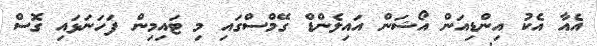
އެއާ އެކު އިންޑިއަން އޯޝަން އައިލެންޑް ގޭމްސްގައި މި ޓައިމިން ފަހަނަޅައި ގޮސް